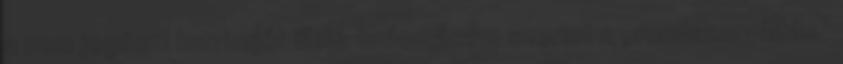
a nem jogászi karrierjét illeti: tudo­másom szerint a „rendszerváltás”